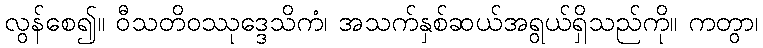
လွန်စေ၍။ ဝီသတိဝဿုဒ္ဒေသိကံ၊ အသက်နှစ်ဆယ်အရွယ်ရှိသည်ကို။ ကတွာ၊